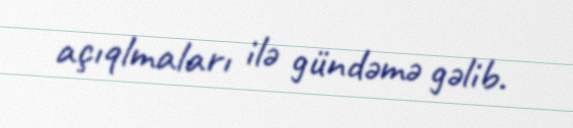
açıqlmaları ilə gündəmə gəlib.